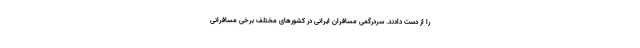
را از دست دادند. سردرگمی مسافران ایرانی در کشورهای مختلف برخی مسافرانی